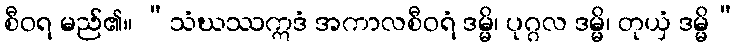
စီဝရ မည်၏။ “သံဃဿဣဒံ အကာလစီဝရံ ဒမ္မိ၊ ပုဂ္ဂလ ဒမ္မိ၊ တုယှံ ဒမ္မိ”